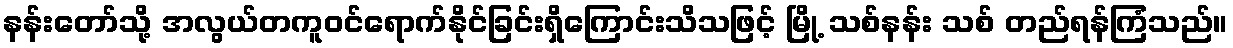
နန်းတော်သို့ အလွယ်တကူဝင်ရောက်နိုင်ခြင်းရှိကြောင်းသိသဖြင့် မြို့ သစ်နန်း သစ် တည်ရန်ကြံသည်။